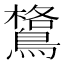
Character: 𪄎